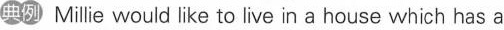
典例 Millie would like to live in a house which has a